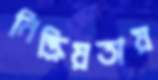
নিষ্ক্রিয়তায়